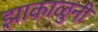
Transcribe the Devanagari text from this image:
झाकाळुनी